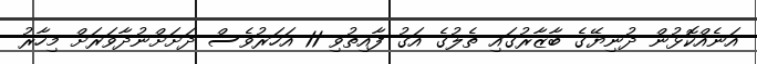
އަނެއްކޮޅުން ދުނިޔޭގެ ބާޒާރުގައި ތެލުގެ އަގު ފާއިތުވި 11 އަހަރުވެސް ދަށަށްނުދާވަރަށް މިހާރު